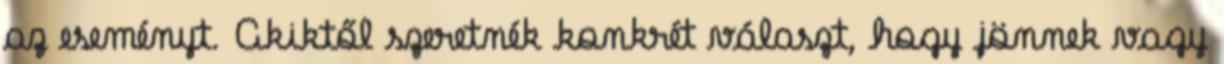
az eseményt. Akiktől szeretnék konkrét választ, hogy jönnek vagy